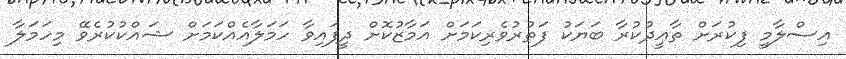
އިސްލާމީ ފިކުރަށް ތާޢީދުކުރާ ބަޔަކު ފަތުރުވެރިކަމަށް އަމާޒުކޮށް ދީފައިވާ ހަމަލާއެއްކަމަށް ޝައްކުކުރެވޭ މިހަމަލާ